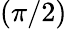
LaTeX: (\pi/2)